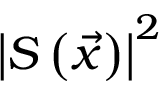
\left| S \left( \vec { x } \right) \right| ^ { 2 }